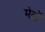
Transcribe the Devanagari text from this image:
मेट्रों